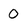
Character: 0